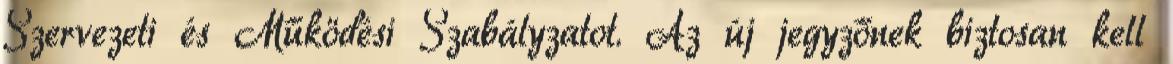
Szervezeti és Működési Szabályzatot. Az új jegyzőnek biztosan kell